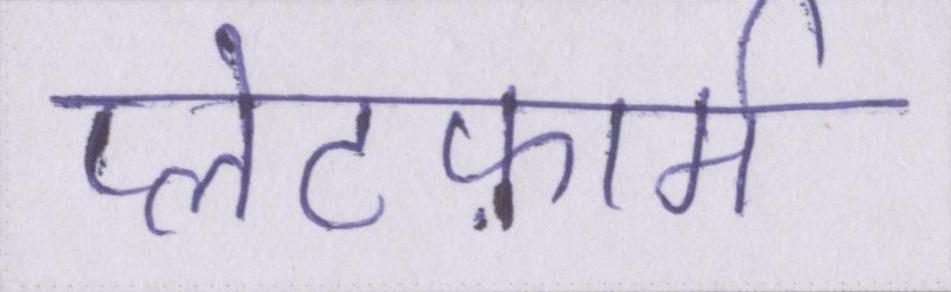
प्लेटफ़ार्म